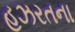
હઝરતના